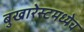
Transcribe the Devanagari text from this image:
बुखारेस्टमध्येच